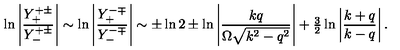
\ln \left| \frac { Y _ { + } ^ { + \pm } } { Y _ { - } ^ { + \pm } } \right| \sim \ln \left| \frac { Y _ { + } ^ { - \mp } } { Y _ { - } ^ { - \mp } } \right| \sim \pm \ln 2 \pm \ln \left| \frac { k q } { \Omega \sqrt { k ^ { 2 } - q ^ { 2 } } } \right| + { \textstyle \frac { 3 } { 2 } } \ln \left| \frac { k + q } { k - q } \right| .